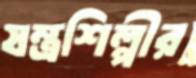
যন্ত্রশিল্পীর